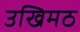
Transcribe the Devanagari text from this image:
उखिमठ